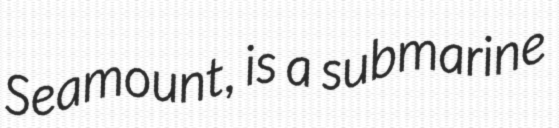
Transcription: Seamount, is a submarine